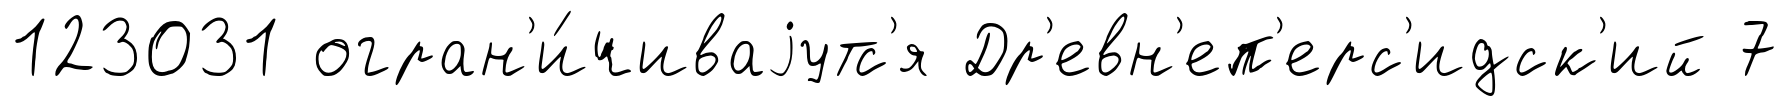
123031 огран'и́чиваjутс'я Др'евн'еп'ерс'идск'ий 7